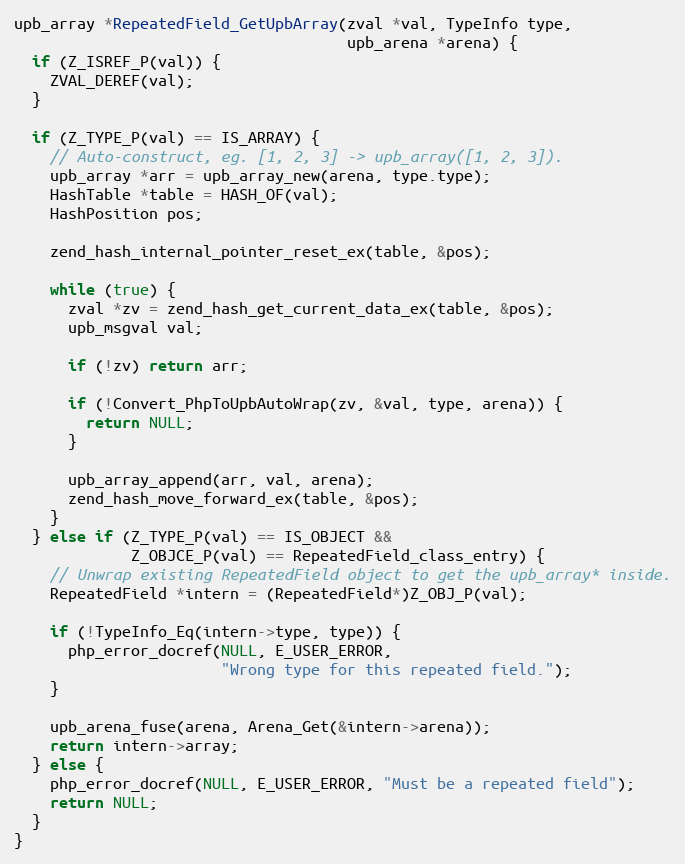
Language: C
upb_array *RepeatedField_GetUpbArray(zval *val, TypeInfo type,
                                     upb_arena *arena) {
  if (Z_ISREF_P(val)) {
    ZVAL_DEREF(val);
  }

  if (Z_TYPE_P(val) == IS_ARRAY) {
    // Auto-construct, eg. [1, 2, 3] -> upb_array([1, 2, 3]).
    upb_array *arr = upb_array_new(arena, type.type);
    HashTable *table = HASH_OF(val);
    HashPosition pos;

    zend_hash_internal_pointer_reset_ex(table, &pos);

    while (true) {
      zval *zv = zend_hash_get_current_data_ex(table, &pos);
      upb_msgval val;

      if (!zv) return arr;

      if (!Convert_PhpToUpbAutoWrap(zv, &val, type, arena)) {
        return NULL;
      }

      upb_array_append(arr, val, arena);
      zend_hash_move_forward_ex(table, &pos);
    }
  } else if (Z_TYPE_P(val) == IS_OBJECT &&
             Z_OBJCE_P(val) == RepeatedField_class_entry) {
    // Unwrap existing RepeatedField object to get the upb_array* inside.
    RepeatedField *intern = (RepeatedField*)Z_OBJ_P(val);

    if (!TypeInfo_Eq(intern->type, type)) {
      php_error_docref(NULL, E_USER_ERROR,
                       "Wrong type for this repeated field.");
    }

    upb_arena_fuse(arena, Arena_Get(&intern->arena));
    return intern->array;
  } else {
    php_error_docref(NULL, E_USER_ERROR, "Must be a repeated field");
    return NULL;
  }
}